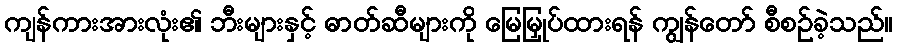
ကျန်ကားအားလုံး၏ ဘီးများနှင့် ဓာတ်ဆီများကို မြေမြှုပ်ထားရန် ကျွန်တော် စီစဉ်ခဲ့သည်။